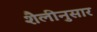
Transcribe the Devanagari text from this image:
शैलीनुसार